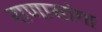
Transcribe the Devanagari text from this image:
राणासांगा